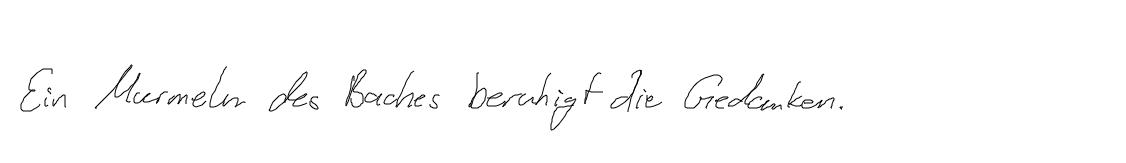
Ein Murmeln des Baches beruhigt die Gedanken.